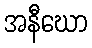
အနီဃော